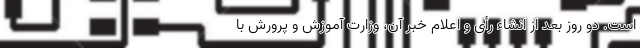
است. دو روز بعد از انشاء رأی و اعلام خبر آن، وزارت آموزش و پرورش با